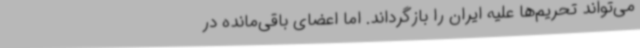
می‌تواند تحریم‌ها علیه ایران را بازگرداند. اما اعضای باقی‌مانده در